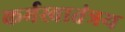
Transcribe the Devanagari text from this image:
कर्मस्वातंत्रय